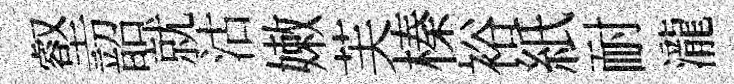
壑韶就沽嫩芙榛裕紙耐瀧